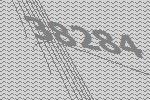
38284